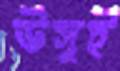
উসুই